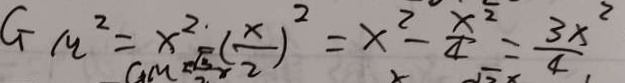
G _ { m } ^ { 2 } = x ^ { 2 } ( \frac { x } { 2 } ) ^ { 2 } = x ^ { 2 } - \frac { x ^ { 2 } } { 4 } = \frac { 3 x ^ { 2 } } { 4 }